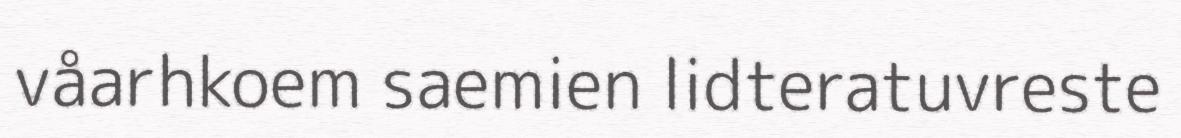
våarhkoem saemien lidteratuvreste